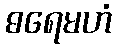
ဓရေမဟံ